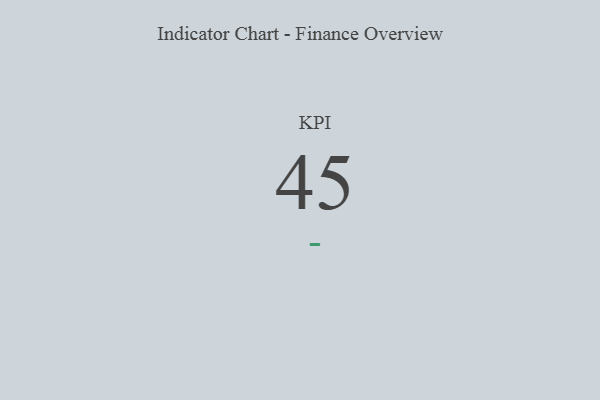
{"axis": {"x": "KPI", "y": "Value"}, "legend": [""], "data": [{"x": "KPI", "y": 45, "type": ""}]}